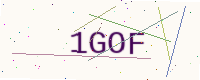
Text: 1GOF